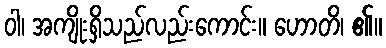
ဝါ၊ အကျိုးရှိသည်လည်းကောင်း။ ဟောတိ၊ ၏။